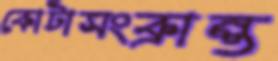
কোটাসংক্রান্ত